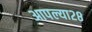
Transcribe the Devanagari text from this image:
आपल्या२८